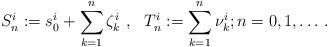
LaTeX: \begin{align*}S^i_n := s^i_0 + \sum_{k=1}^n \zeta^i_k \ , \ \ T^i_n := \sum_{k=1}^n \nu^i_k ;n = 0,1,\dots \,.\end{align*}